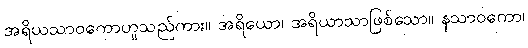
အရိယသာဝကောဟူသည်ကား။ အရိယော၊ အရိယာသာဖြစ်သော။ နသာဝကော၊